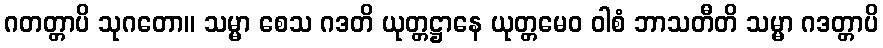
ဂတတ္တာပိ သုဂတော။ သမ္မာ စေသ ဂဒတိ ယုတ္တဋ္ဌာနေ ယုတ္တမေဝ ဝါစံ ဘာသတီတိ သမ္မာ ဂဒတ္တာပိ